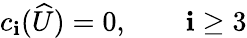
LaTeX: c_{\mathbf{i}}(\widehat{{U}})=0,\qquad\mathbf{i}\geq3